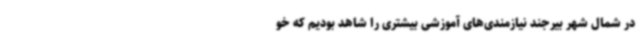
در شمال شهر بیرجند نیازمندی‌های آموزشی بیشتری را شاهد بودیم که خو